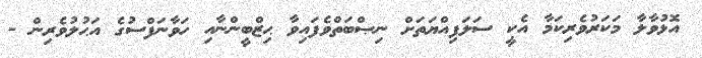
އޮޅުވާލާ މަކަރުވެރިކަމާ އެކީ ސަލަފިއްޔަތަށް ނިޞްބަތްވެފައިވާ ޙިޒްބީންނާއި ހަވާނަފްސުގެ އަޙުލުވެރިން -